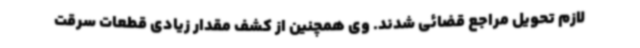
لازم تحویل مراجع قضائی شدند. وی همچنین از کشف مقدار زیادی قطعات سرقت